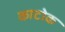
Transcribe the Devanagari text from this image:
काटोक